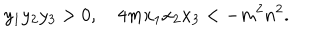
y _ { 1 } y _ { 2 } y _ { 3 } > 0 , \quad 4 m x _ { 1 } x _ { 2 } x _ { 3 } < - m ^ { 2 } n ^ { 2 } .